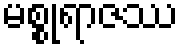
မစ္စုရာဇဿ